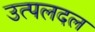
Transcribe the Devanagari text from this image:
उत्पलदल